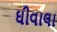
ઘીવાલા